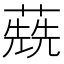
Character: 𦺷